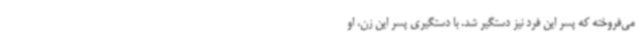
می‌فروخته که پسر این فرد نیز دستگیر شد. با دستگیری پسر این زن، او